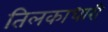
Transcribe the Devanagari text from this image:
तिलकाधारी